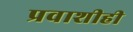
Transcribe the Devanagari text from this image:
प्रवाशीही